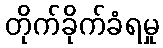
တိုက်ခိုက်ခံရမှု